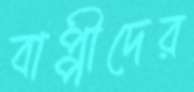
বাপ্পীদের